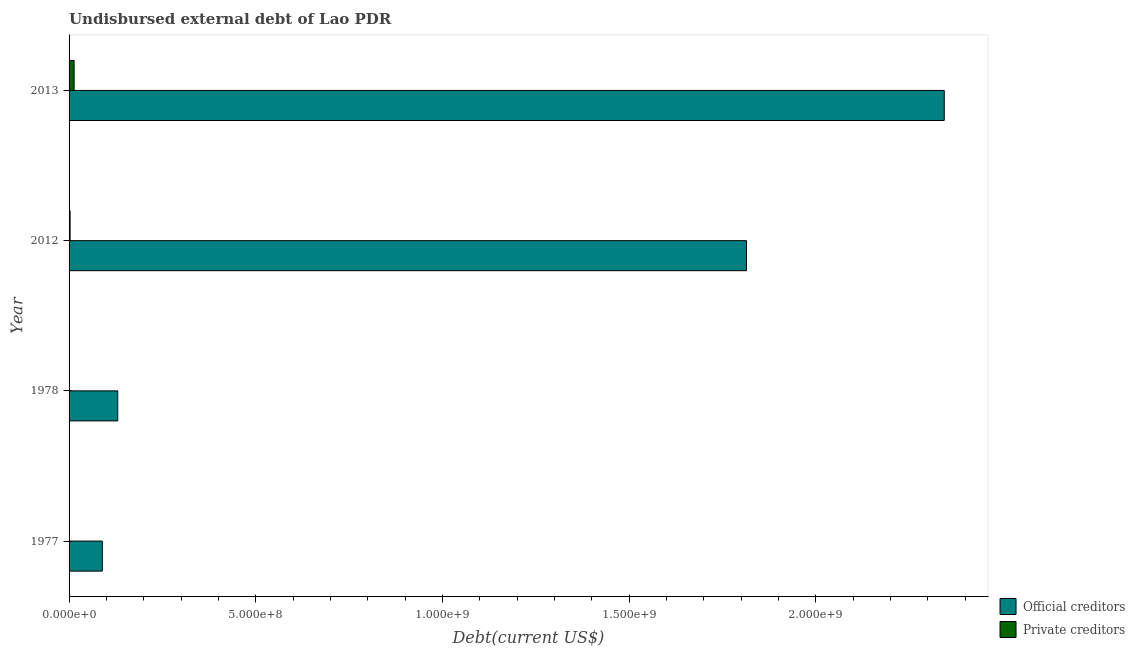
| Year | Official creditors | Private creditors |
 | --- | --- | --- |
 | 1977 | 8.9e+07 | 4.46e+05 |
 | 1978 | 1.3e+08 | 1.69e+05 |
 | 2012 | 1.81e+09 | 2.76e+06 |
 | 2013 | 2.34e+09 | 1.35e+07 |